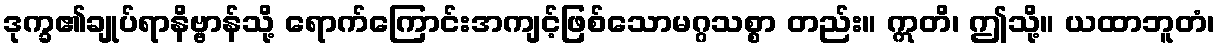
ဒုက္ခ၏ချုပ်ရာနိဗ္ဗာန်သို့ ရောက်ကြောင်းအကျင့်ဖြစ်သောမဂ္ဂသစ္စာ တည်း။ ဣတိ၊ ဤသို့။ ယထာဘူတံ၊